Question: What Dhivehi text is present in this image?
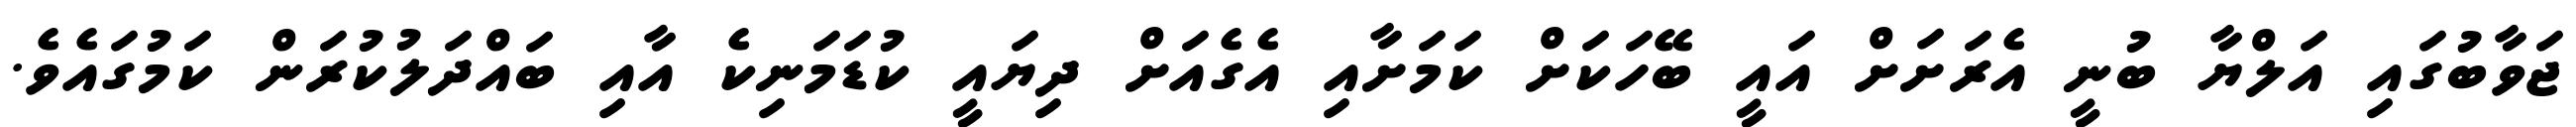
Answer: ޖަވާބުގައި އަލްޔާ ބުނީ އެރަށަށް އައީ ބޭހަކަށް ކަމަށާއި އެގެއަށް ދިޔައީ ކުޑަމަނިކެ އާއި ބައްދަލުކުރަން ކަމުގައެވެ.